Studies on the mouth parts a Comparative anatomy of the proboscis in the blood-sucking muscidae - Number 60
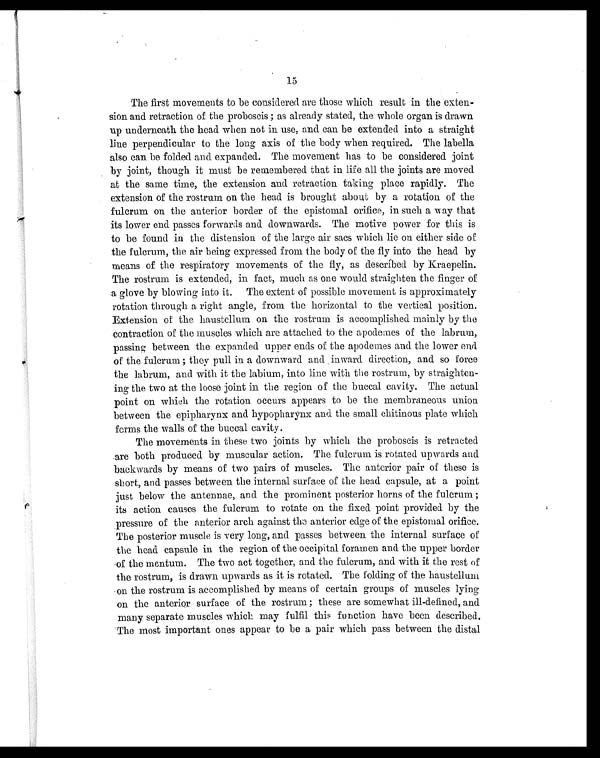
15
The first movements to be considered are those which result in the exten-
sion and retraction of the proboscis ; as already stated, the whole organ is drawn
up underneath the head when not in use, and can be extended into a straight
line perpendicular to the long axis of the body when required. The labella
also can be folded and expanded. The movement has to be considered joint
by joint, though it must be remembered that in life all the joints are moved
at the same time, the extension and retraction taking place rapidly. The
extension of the rostrum on the head is brought about by a rotation of the
fulcrum on the anterior border of the epistomal orifice, in such a way that
its lower end passes forwards and downwards. The motive power for this is
to be found in the distension of the large air sacs which lie on either side of
the fulcrum, the air being expressed from the body of the fly into the head by
means of the respiratory movements of the fly, as described by Kraepelin.
The rostrum is extended, in fact, much as one would straighten the finger of
a glove by blowing into it. The extent of possible movement is approximately
rotation through a right angle, from the horizontal to the vertical position.
Extension of the haustellum on the rostrum is accomplished mainly by the
contraction of the muscles which are attached to the apodemes of the labrum,
passing between the expanded upper ends of the apodemes and the lower end
of the fulcrum ; they pull in a downward and inward direction, and so force
the l
abrum, and with it the labium, into line with the rostrum, by straighten-
ing the two at the loose joint in the region of the buccal cavity. The actual
point on which the rotation occurs appears to be the membraneous union
between the epipharynx and hypopharynx and the small chitinous plate which
forms the walls of the buccal cavity.
The movements in these two joints by which the proboscis is retracted
are both produced by muscular action. The fulcrum is rotated upwards and
backwards by means of two pairs of muscles. The anterior pair of these is
short, and passes between the internal surface of the head capsule, at a point
just below the antennae, and the prominent posterior horns of the fulcrum ;
its action causes the fulcrum to rotate on the fixed point provided by the
pressure of the anterior arch against the anterior edge of the epistomal orifice.
The posterior muscle is very long, and passes between the internal surface of
the head capsule in the region of the occipital foramen and the upper border
of the mentum. The two act together, and the fulcrum, and with it the rest of
the rostrum, is drawn upwards as it is rotated. The folding of the haustellum
on the rostrum is accomplished by means of certain groups of muscles lying
on the anterior surface of the rostrum ; these are somewhat ill-defined, and
many separate muscles which may fulfil this function have been described.
The most important ones appear to be a pair which pass between the distal